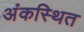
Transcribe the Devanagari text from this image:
अंकस्थित